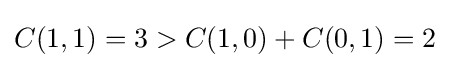
C(1,1)=3>C(1,0)+C(0,1)=2